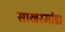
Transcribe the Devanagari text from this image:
साखरमांडा